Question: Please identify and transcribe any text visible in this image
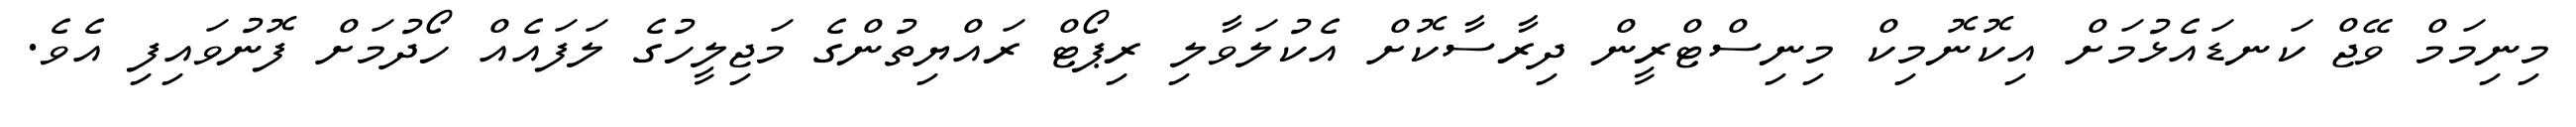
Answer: މިނިމަމް ވޭޖް ކަނޑައެޅުމަށް އިކޮނޮމިކް މިނިސްޓްރީން ދިރާސާކޮށް އެކުލަވާލި ރިޕޯޓް ރައްޔިތުންގެ މަޖިލީހުގެ ލަފައެއް ހޯދުމަށް ފޮނުވައިފި އެވެ.